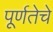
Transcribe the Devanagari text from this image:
पूर्णतेचे